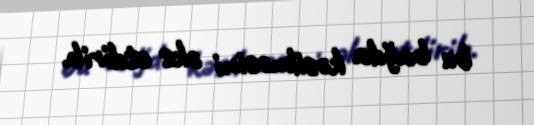
bu bağda kəsilməsini əks etdirib.